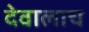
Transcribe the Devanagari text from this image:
देवालाच